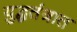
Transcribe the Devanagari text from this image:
युद्धतंत्रात